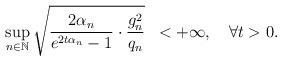
LaTeX: \begin{align*}\sup_{n\in\mathbb{N}}\sqrt{\frac{2\alpha_{n}}{e^{2t\alpha_{n}}-1}\cdot \frac{g_n^2}{q_n} }\;\; <+ \infty, \ \ \ \forall t>0.\end{align*}